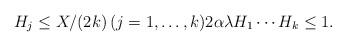
LaTeX: \begin{align*} H_ j \leq X/(2 k) \, (j=1, \dots, k) 2 \alpha \lambda H_1 \cdots H_k \leq1.\end{align*}